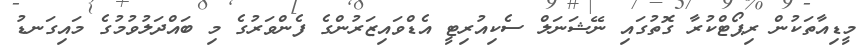
މީޑިއާތަކުން ރިޕޯޓްކުރާ ގޮތުގައި ނޭޝަނަލް ސެކިއުރިޓީ އެޑްވައިޒަރުންގެ ފެންވަރުގެ މި ބައްދަލުވުމުގެ މައިގަނޑު